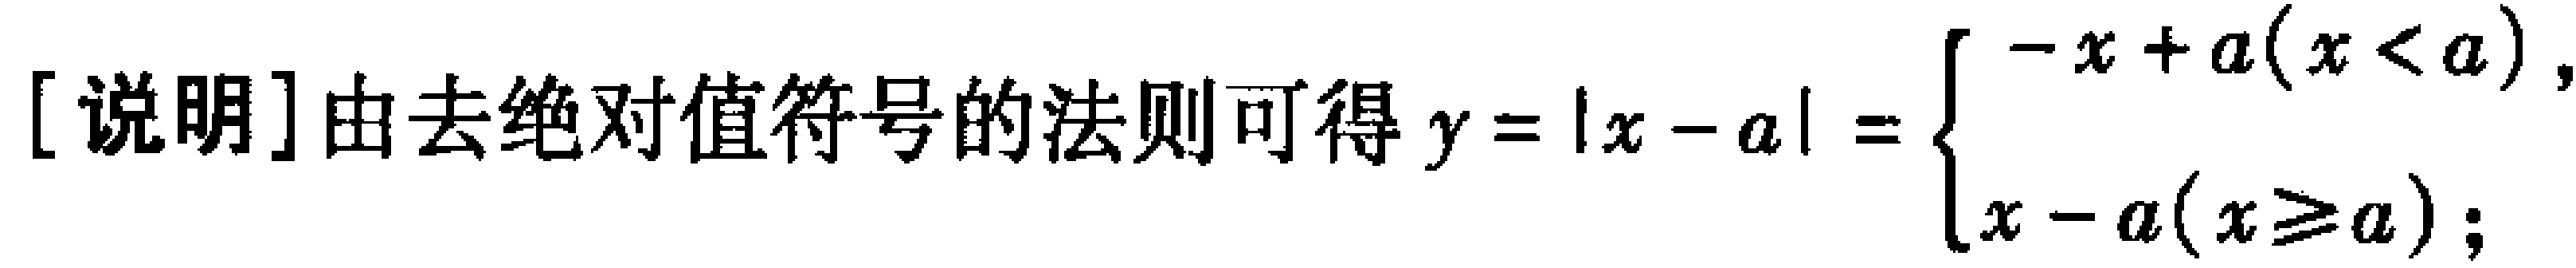
[说明] 由去绝对值符号的法则可得 \(y = |x - a| = \begin{cases} -x + a(x < a), \\ x - a(x \geq a); \end{cases}\)